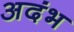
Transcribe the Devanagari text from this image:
अदंभ